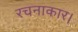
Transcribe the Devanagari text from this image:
रचनाकार।